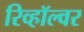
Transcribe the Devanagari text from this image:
रिव्हॉल्वर